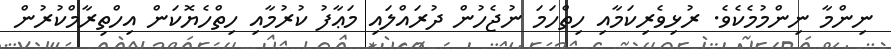
ނިންމާ ނިންމުމެކެވެ. ރުޅިވެރިކަމާއި ހިތްހަމަ ނުޖެހުން ދުރައްލައި މަޢާފު ކުރުމާއި ހިތްހެޔޮކަން އިހްތިރާމްކުރުން